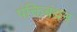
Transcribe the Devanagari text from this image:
पंक्तिबंधन